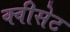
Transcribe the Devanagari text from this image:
क्वीसेट